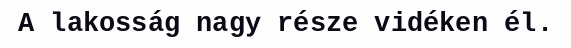
A lakosság nagy része vidéken él.